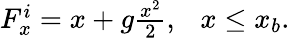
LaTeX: \begin{array}{r}{F_{x}^{i}=x+g\frac{x^{2}}{2},~~~x\leq x_{b}.}\end{array}